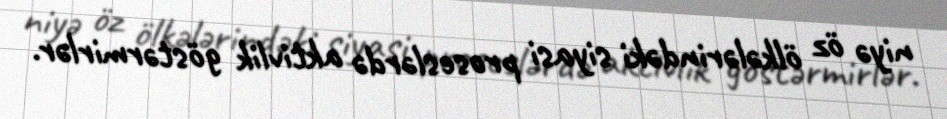
niyə öz ölkələrindəki siyasi proseslərdə aktivlik göstərmirlər.